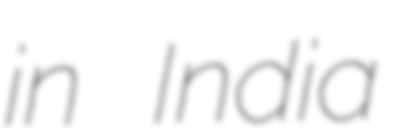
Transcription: in India